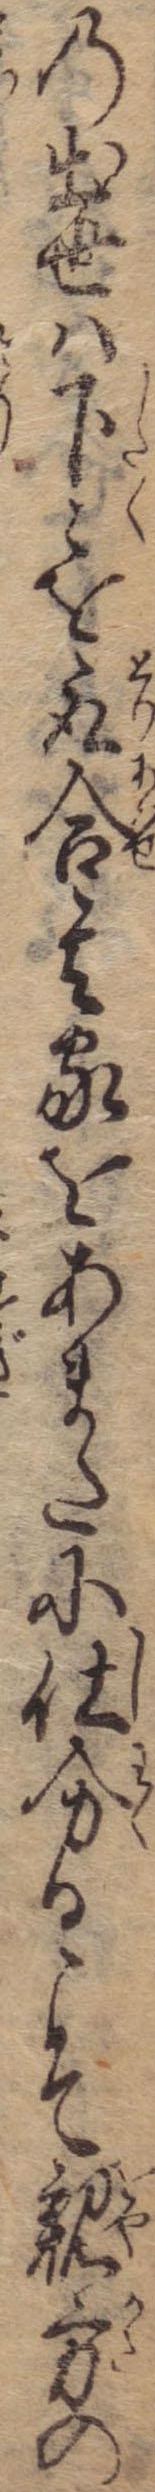
の出世は下々を取合其家をあまたに仕分るこそ親方の